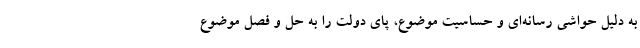
به دلیل حواشی رسانه‌ای و حساسیت موضوع، پای دولت را به حل و فصل موضوع